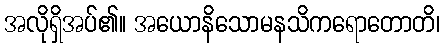
အလိုရှိအပ်၏။ အယောနိသောမနသိကရောတောတိ၊